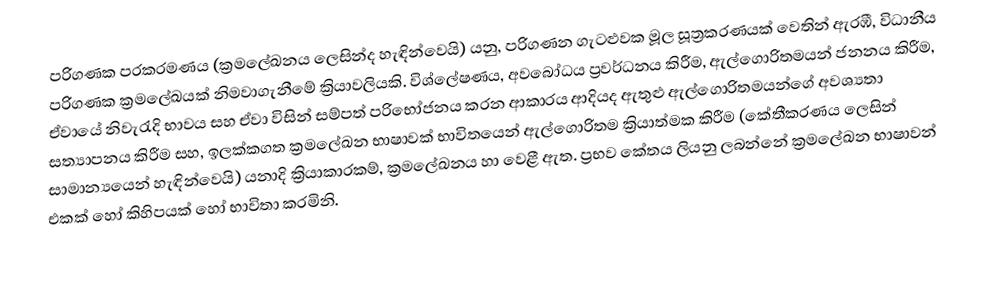
පරිගණක ප‍්‍රක‍්‍රමණය (ක්‍රමලේඛනය ලෙසින්ද හැඳින්වෙයි) යනු,  පරිගණන ගැටළුවක  මූල සූත්‍රකරණයක් වෙතින් ඇරඹී,  විධානීය  පරිගණක ක්‍රමලේඛයක් නිමවාගැනීමේ ක්‍රියාවලියකි. විශ්ලේෂණය, අවබෝධය ප්‍රවර්ධනය කිරීම, ඇල්ගොරිතමයන් ජනනය කිරීම, ඒවායේ නිවැරැදි භාවය සහ  ඒවා විසින් සම්පත් පරිභෝජනය කරන ආකාරය ආදියද ඇතුළු ඇල්ගොරිතමයන්ගේ අවශ්‍යතා සත්‍යාපනය කිරීම සහ, ඉලක්කගත   ක්‍රමලේඛන භාෂාවක් භාවිතයෙන් ඇල්ගොරිතම ක්‍රියාත්මක කිරීම (කේතීකරණය ලෙසින් සාමාන්‍යයෙන් හැඳින්වෙයි) යනාදි ක්‍රියාකාරකම්,  ක්‍රමලේඛනය හා වෙළී ඇත. ප්‍රභව කේතය ලියනු ලබන්නේ  ක්‍රමලේඛන භාෂාවන් එකක් හෝ කිහිපයක් හෝ භාවිතා කරමිනි.